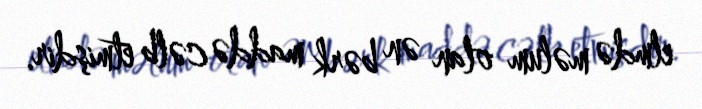
elmdə məlum olan ən bərk maddə cəlb etmişdir.